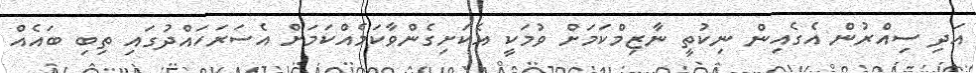
އަދި ސިއްރުން އެގެއިން ނިކުތީ ނާޒިމްކަމަށް ވުމަކީ އެކަށިގެންވާކަމެއްކަމަށް އެސަރަހައްދުގައި ތިބި ބައެއް